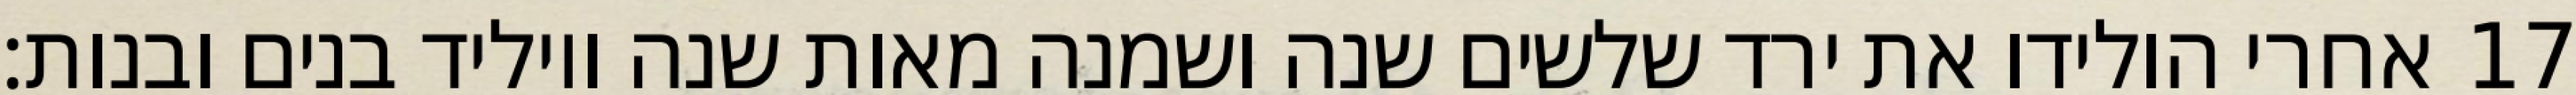
אחרי הולידו את ירד שלשים שנה ושמנה מאות שנה ויוליד בנים ובנות׃ ‎17‏